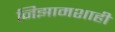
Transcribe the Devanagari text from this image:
निझामशाही